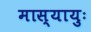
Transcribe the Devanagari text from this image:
मास्यायुः